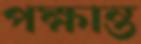
পক্ষান্ত